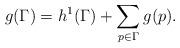
LaTeX: \begin{align*}g(\Gamma) = h^1(\Gamma)+\sum_{p\in \Gamma} g(p). \end{align*}